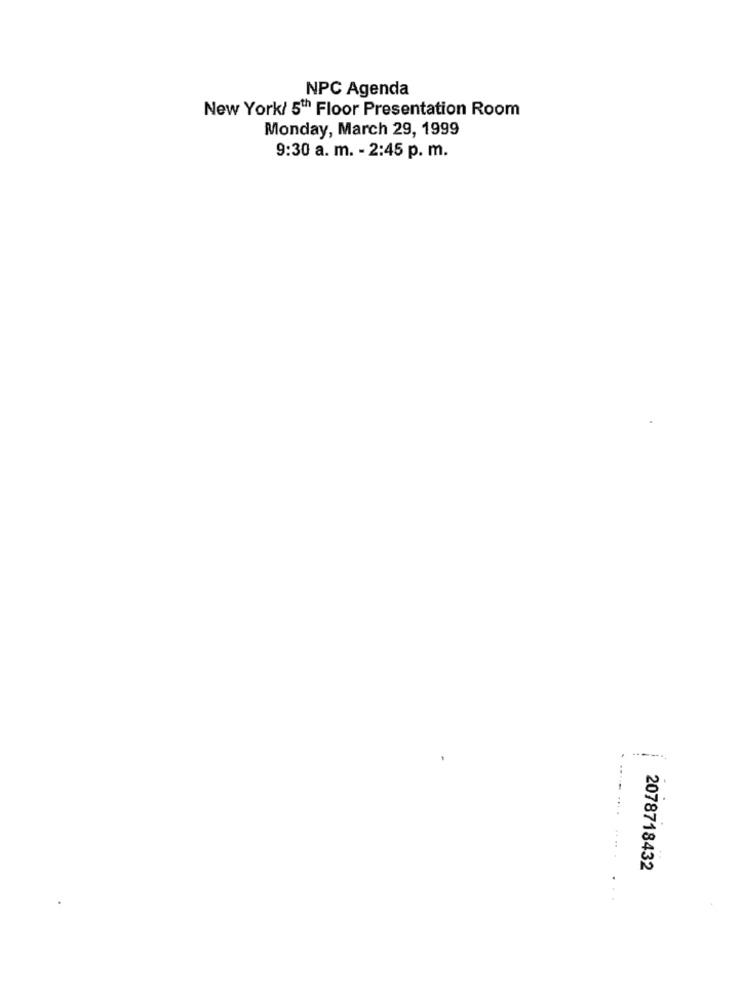
NPC Agenda
New York/ 5th Floor Presentation Room
Monday, March 29, 1999
9:30 a. m. - 2:45 p. m.
2078718432